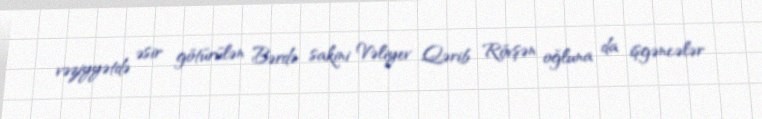
vəziyyətdə əsir götürülən Bərdə sakini Vəliyev Qərib Rövşən oğluna da işgəncələr